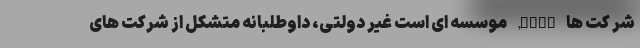
شر کت ها WFCS, موسسه ای است غیر دولتی، داوطلبانه متشکل از ‌شرکت های